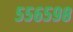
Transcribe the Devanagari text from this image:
५५६५९८